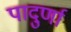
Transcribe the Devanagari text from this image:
पादुर्णा